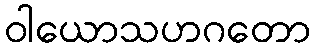
ဝါယောသဟဂတော